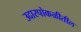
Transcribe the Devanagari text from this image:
उदारपोकळीतील